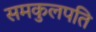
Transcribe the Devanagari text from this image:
समकुलपति